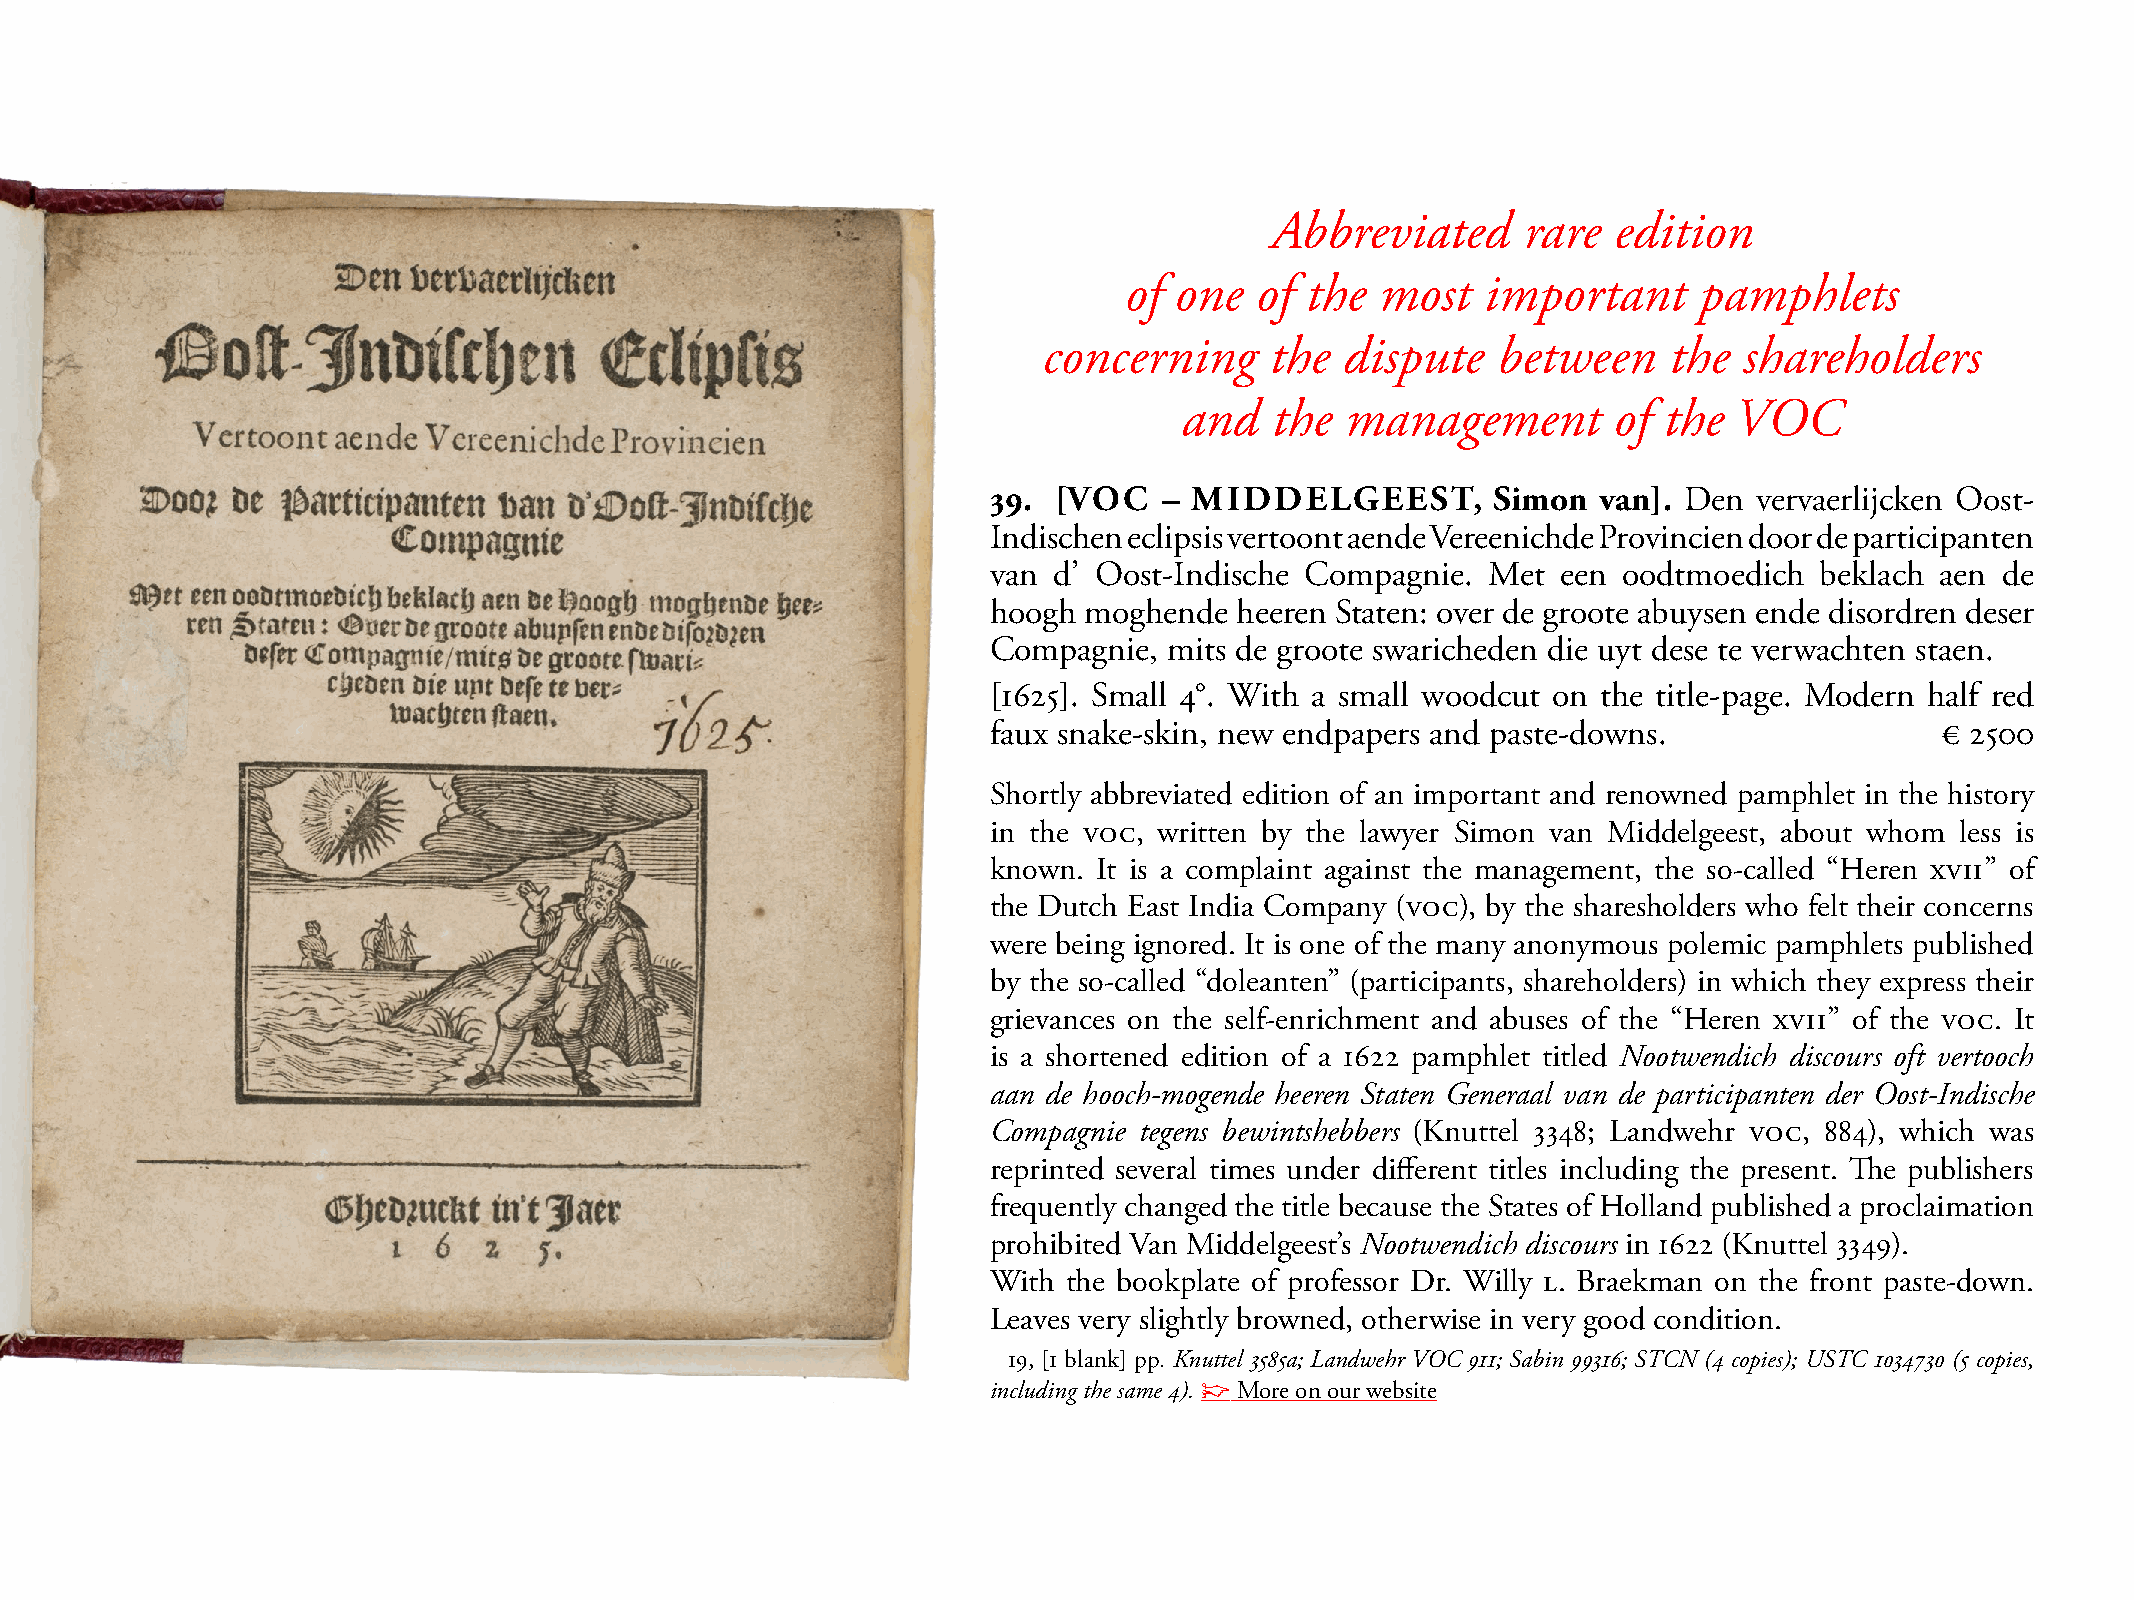
Abbreviated      rare  edition
 of  one  of the  most   important     pamphlets
 concerning     the  dispute   between    the  shareholders
 and   the  management        of the  VOC
 39. [VOC   – MIDDELGEEST,        Simon  van]. Den vervaerlijcken Oost-
 Indischen eclipsis vertoont aende Vereenichde Provincien door de participanten
 van d’ Oost-Indische Compagnie. met  een oodtmoedich  beklach aen de
 hoogh moghende  heeren staten: over de groote abuysen ende disordren deser
 Compagnie, mits de groote swaricheden die uyt dese te verwachten staen.
 [1625]. small 4°. With a small woodcut on the title-page. modern half red
 faux snake-skin, new endpapers and paste-downs.               € 2500
 shortly abbreviated edition of an important and renowned pamphlet in the history
 in the VOC, written by the lawyer simon van middelgeest, about whom less is
 known. It is a complaint against the management, the so-called “Heren XVII” of
 the Dutch East India Company (VOC), by the sharesholders who felt their concerns
 were being ignored. It is one of the many anonymous polemic pamphlets published
 by the so-called “doleanten” (participants, shareholders) in which they express their
 grievances on the self-enrichment and abuses of the “Heren XVII” of the VOC. It
 is a shortened edition of a 1622 pamphlet titled Nootwendich discours oft vertooch
 aan de hooch-mogende heeren Staten Generaal van de participanten der Oost-Indische
 Compagnie tegens bewintshebbers (Knuttel 3348; Landwehr VOC, 884), which was
 reprinted several times under different titles including the present. The publishers
 frequently changed the title because the states of Holland published a proclaimation
 prohibited Van middelgeest’s Nootwendich discours in 1622 (Knuttel 3349).
 With the bookplate of professor Dr. Willy L. Braekman on the front paste-down.
 Leaves very slightly browned, otherwise in very good condition.
 19, [1 blank] pp. Knuttel 3585a; Landwehr VOC 911; Sabin 99316; STCN (4 copies); USTC 1034730 (5 copies,
 including the same 4). ☞ more on our website